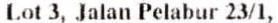
LOT 3, JALAN PELABUR 23/1,